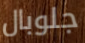
جلوبال